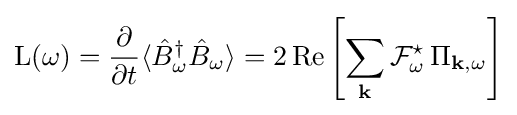
\mathrm {L} (\omega )={\frac {\partial }{\partial t}}\langle {\hat {B}}_{\omega }^{\dagger }{\hat {B}}_{\omega }\rangle =2\,\mathrm {Re} \left[\sum _{\mathbf {k} }{\mathcal {F}}_{\omega }^{\star }\,\Pi _{\mathbf {k} ,\omega }\right]